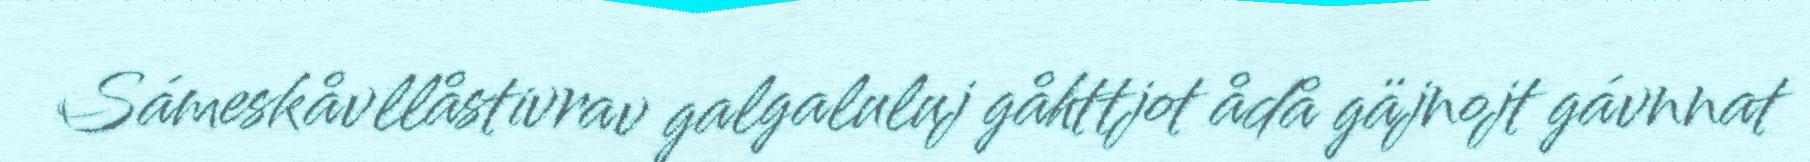
Sámeskåvllåstivrav galgaluluj gåhttjot ådå gäjnojt gávnnat